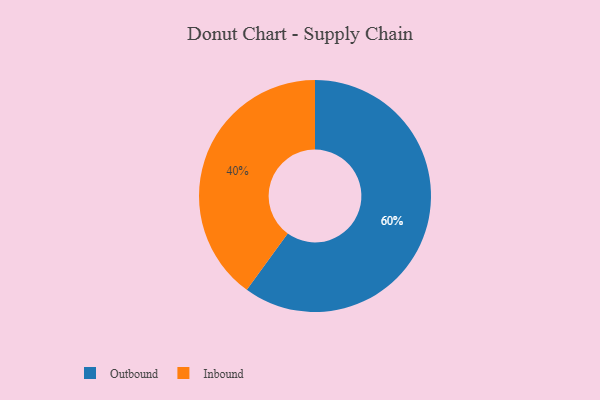
{"axis": {"x": "Category", "y": "Percentage"}, "legend": ["Inbound", "Outbound"], "data": [{"x": "Inbound", "y": 40, "type": "Inbound"}, {"x": "Outbound", "y": 60, "type": "Outbound"}]}